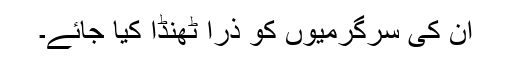
ان کی سرگرمیوں کو ذرا ٹھنڈا کیا جائے۔